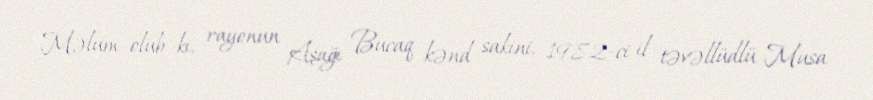
Məlum olub ki, rayonun Aşağı Bucaq kənd sakini, 1982-ci il təvəllüdlü Musa